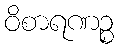
ဝိစာရဏဉ္စ